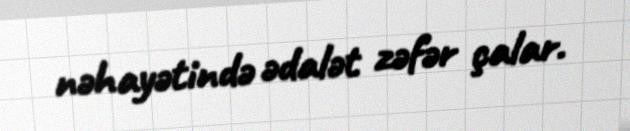
nəhayətində ədalət zəfər çalar.